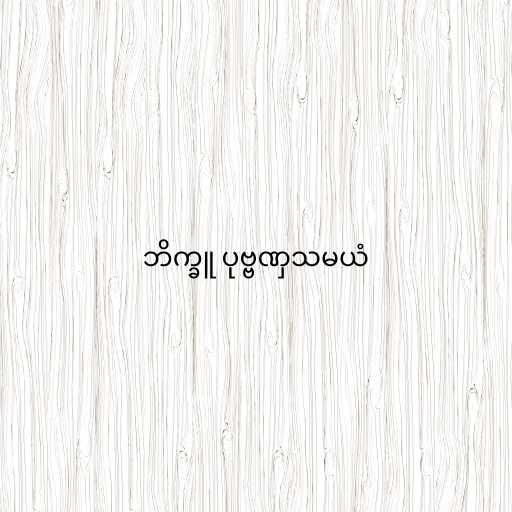
ဘိက္ခူ ပုဗ္ဗဏှသမယံ